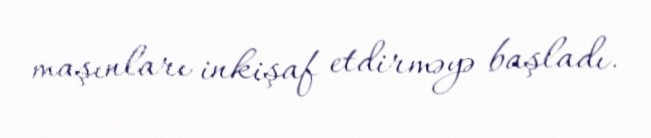
maşınları inkişaf etdirməyə başladı.